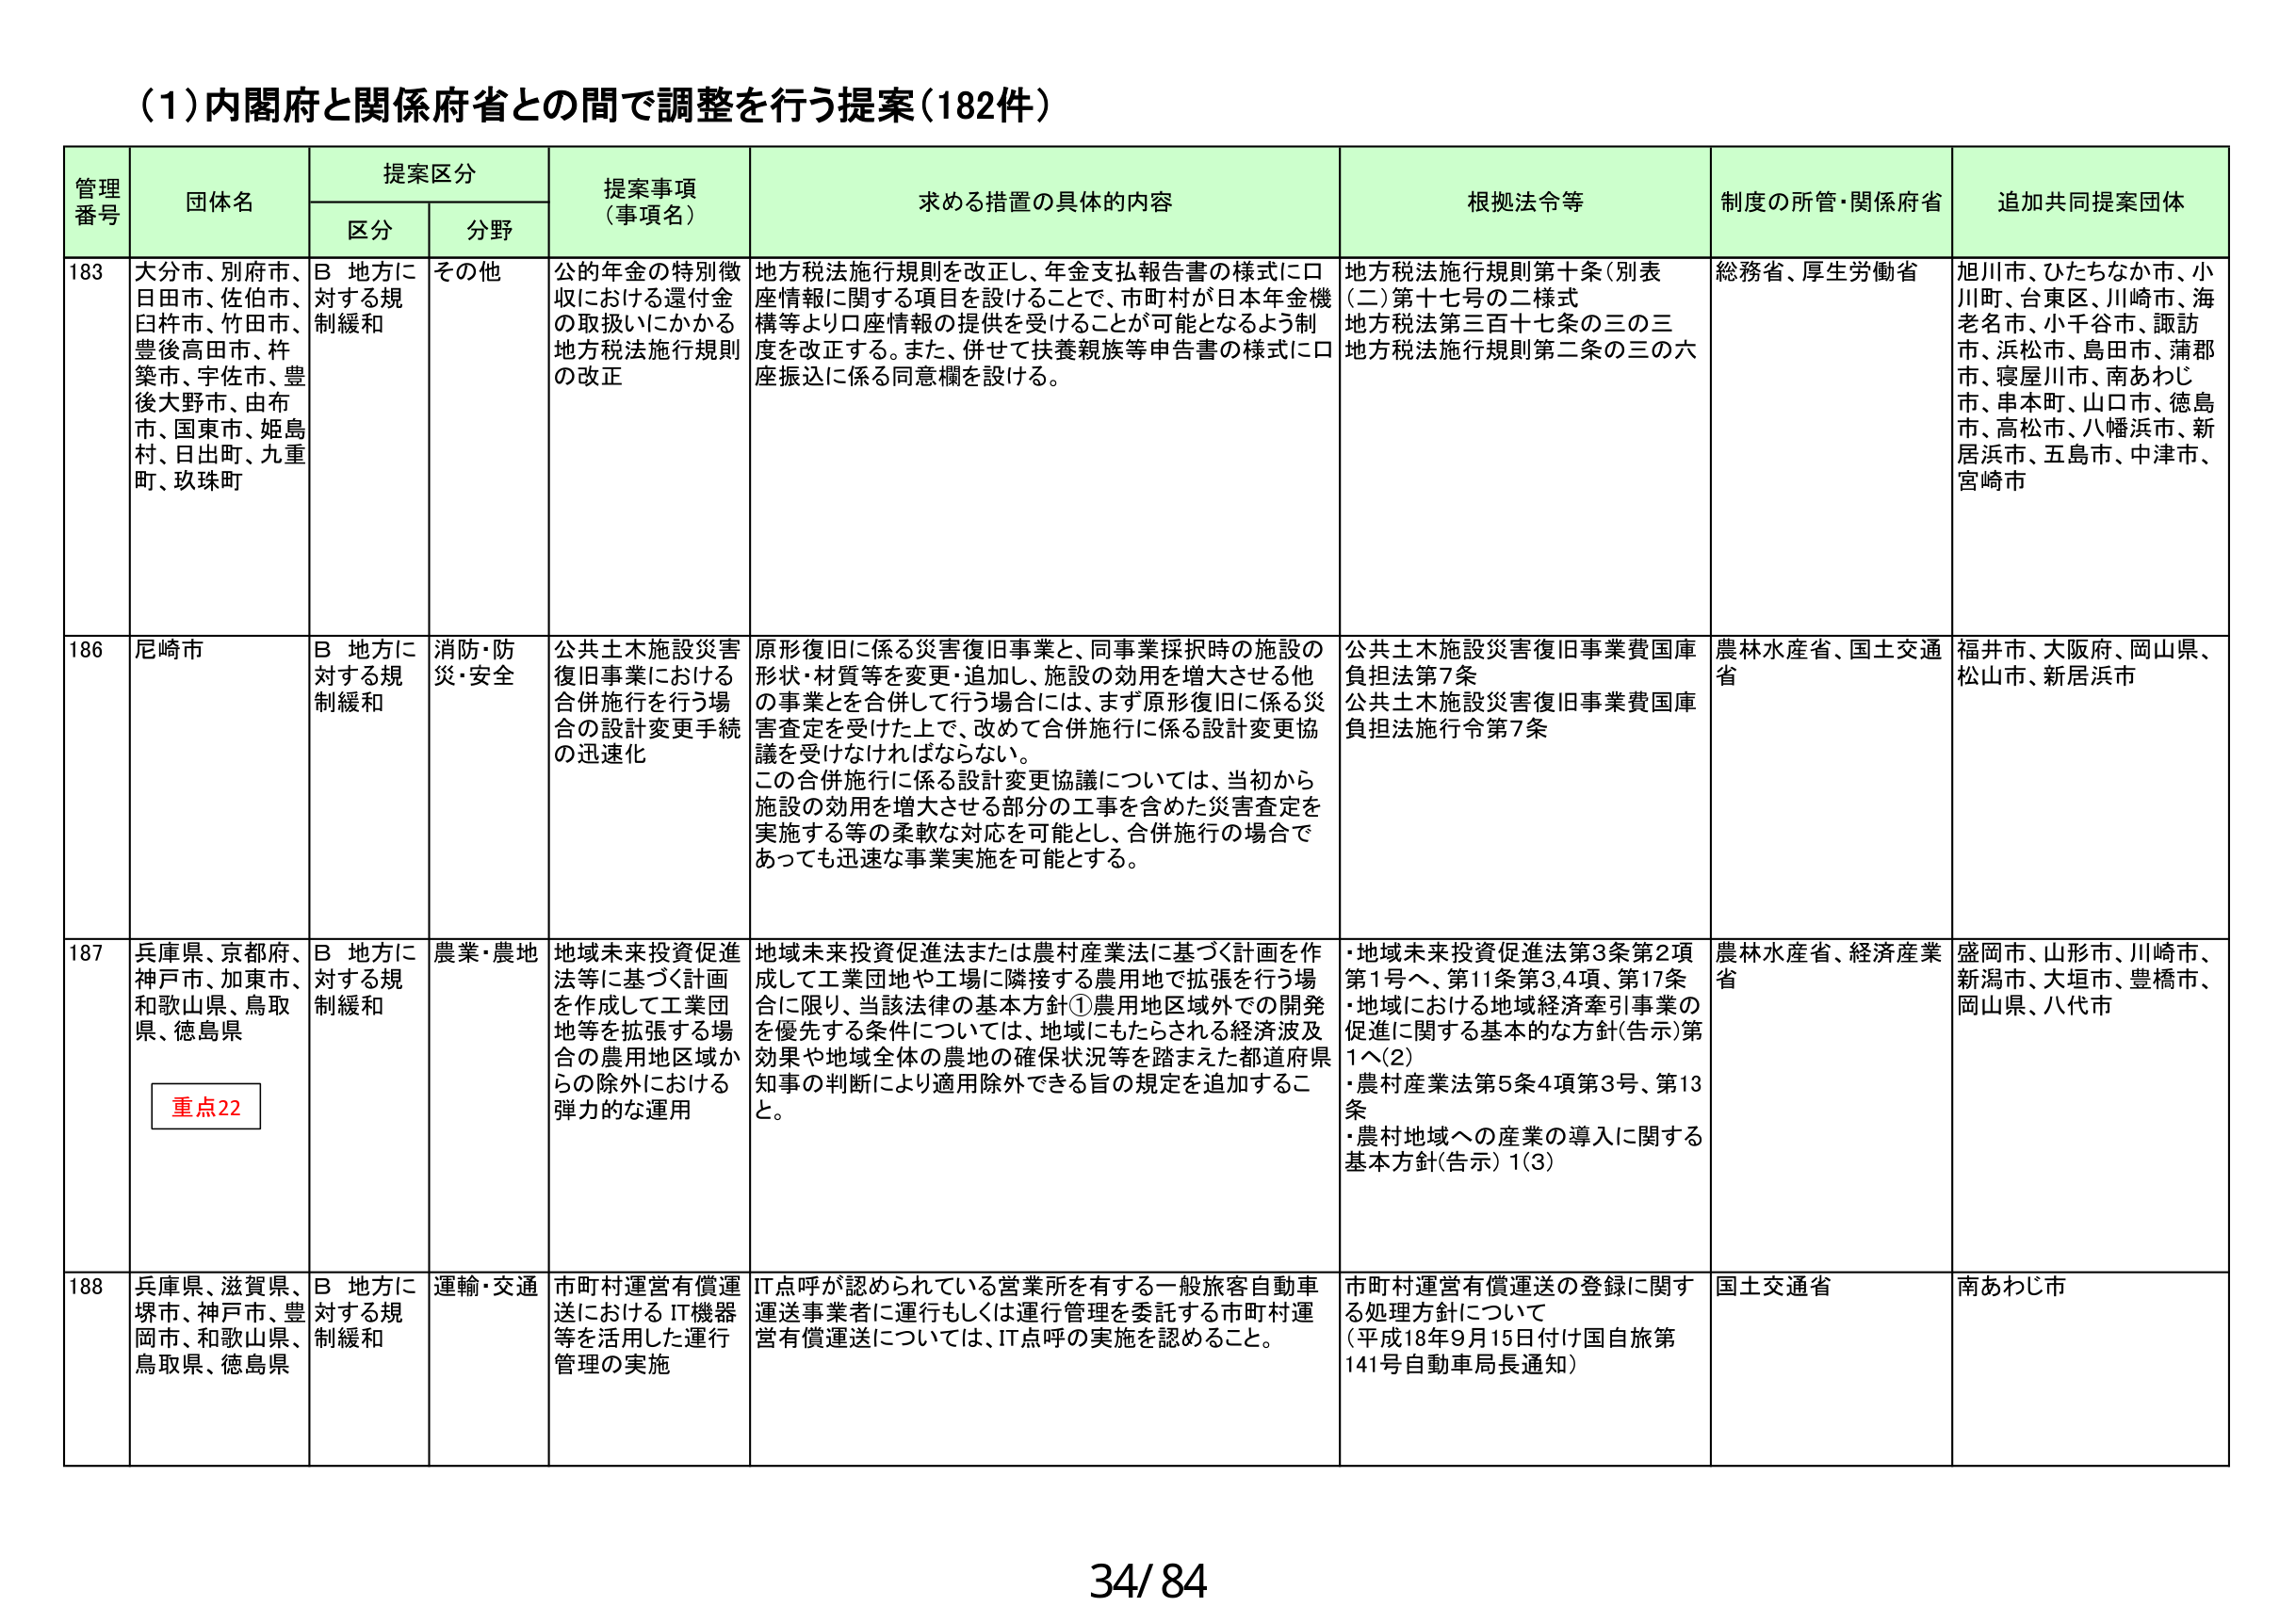
(1)内閣府と関係府省との間で調整を行う提案(182件)

管理番号 団体名 提案区分 提案事項（事項名） 求める措置の具体的内容 根拠法令等 制度の所管・関係府省 追加共同提案団体
区分 分野

183 大分市、別府市、日田市、佐伯市、臼杵市、竹田市、豊後高田市、杵築市、宇佐市、豊後大野市、由布市、国東市、姫島村、日出町、九重町、玖珠町 B 地方に対する規制緩和 その他 公的年金の特別徴収における還付金の取扱いにかかる地方税法施行規則の改正 地方税法施行規則を改正し、年金支払報告書の様式に口座情報に関する項目を設けることで、市町村が日本年金機構等より口座情報の提供を受けることが可能となるよう制度を改正する。また、併せて扶養親族等申告書の様式に口座振込に係る同意欄を設ける。 地方税法施行規則第十条（別表（二）第十七号の二様式 地方税法第三百十七条の三の三 地方税法施行規則第二条の三の六 総務省、厚生労働省 旭川市、ひたちなか市、小川町、台東区、川崎市、海老名市、小千谷市、諏訪市、浜松市、島田市、蒲郡市、寝屋川市、南あわじ市、串本町、山口市、徳島市、高松市、八幡浜市、新居浜市、五島市、中津市、宮崎市

186 尼崎市 B 地方に対する規制緩和 消防・防災・安全 公共土木施設災害復旧事業における合併施行を行う場合の設計変更手続の迅速化 原形復旧に係る災害復旧事業と、同事業採択時の施設の形状・材質等を変更・追加し、施設の効用を増大させる他の事業とを合併して行う場合には、まず原形復旧に係る災害査定を受けた上で、改めて合併施行に係る設計変更協議を受けなければならない。 この合併施行に係る設計変更協議については、当初から施設の効用を増大させる部分の工事を含めた災害査定を実施する等の柔軟な対応を可能とし、合併施行の場合であっても迅速な事業実施を可能とする。 公共土木施設災害復旧事業費国庫負担法第7条 公共土木施設災害復旧事業費国庫負担法施行令第7条 農林水産省、国土交通省 福井市、大阪府、岡山県、松山市、新居浜市

187 兵庫県、京都府、神戸市、加東市、和歌山県、鳥取県、徳島県 B 地方に対する規制緩和 農業・農地 地域未来投資促進法等に基づく計画を作成して工業団地等を拡張する場合の農用地区域からの除外における弾力的な運用 地域未来投資促進法または農村産業法に基づく計画を作成して工業団地や工場に隣接する農用地で拡張を行う場合に限り、当該法律の基本方針①農用地区域外での開発を優先する条件については、地域にもたらされる経済波及効果や地域全体の農地の確保状況等を踏まえた都道府県知事の判断により適用除外できる旨の規定を追加すること。 ・地域未来投資促進法第3条第2項第1号ヘ、第11条第3,4項、第17条 ・地域における地域経済牽引事業の促進に関する基本的な方針(告示)第1ヘ(2) ・農村産業法第5条4項第3号、第13条 ・農村地域への産業の導入に関する基本方針(告示)1(3) 農林水産省、経済産業省 盛岡市、山形市、川崎市、新潟市、大垣市、豊橋市、岡山県、八代市

188 兵庫県、滋賀県、堺市、神戸市、豊岡市、和歌山県、鳥取県、徳島県 B 地方に対する規制緩和 運輸・交通 市町村運営有償運送におけるIT機器等を活用した運行管理の実施 IT点呼が認められている営業所を有する一般旅客自動車運送事業者に運行もしくは運行管理を委託する市町村運営有償運送については、IT点呼の実施を認めること。 市町村運営有償運送の登録に関する処理方針について （平成18年9月15日付け国自旅第141号自動車局長通知） 国土交通省 南あわじ市

重点22

34/84